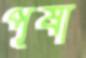
পূষা